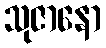
သုဇာနော